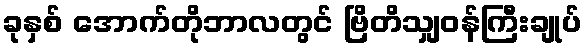
ခုနှစ် အောက်တိုဘာလတွင် ဗြိတိသျှဝန်ကြီးချုပ်